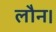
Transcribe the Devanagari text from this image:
लौन।